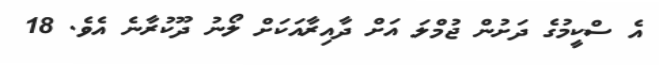
އެ ސްކީމުގެ ދަށުން ޖުމްލަ އަށް ދާއިރާއަކަށް ލޯނު ދޫކުރާނެ އެވެ. 18